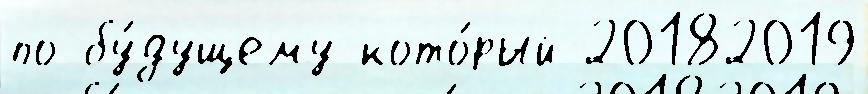
по бу́дущему кото́рый 20182019